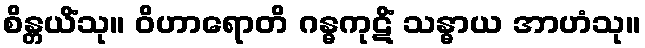
စိန္တယိံသု။ ဝိဟာရောတိ ဂန္ဓကုဋိံ သန္ဓာယ အာဟံသု။